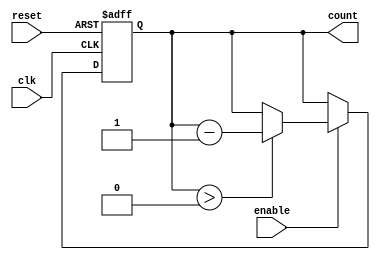
module decremental_counter (
    input wire clk,          // Clock signal
    input wire reset,        // Asynchronous reset signal
    input wire enable,       // Enable counting signal
    output reg [N-1:0] count // Current count value output (N-bit wide)
);

// Parameter for the initial value (N)
parameter N = 4; // You can change this to any bit-width you require
parameter INITIAL_VALUE = 4'd10; // Example initial value

// Initial value of count
always @(posedge clk or posedge reset) begin
    if (reset) begin
        count <= INITIAL_VALUE; // Reset to initial value
    end else if (enable) begin
        if (count > 0) begin
            count <= count - 1; // Decrement the count
        end
    end
end

// Initialize the count on compile time
initial begin
    count = INITIAL_VALUE;
end

endmodule